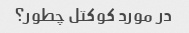
در مورد کوکتل چطور؟